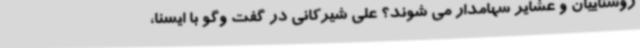
روستاییان و عشایر سهامدار می شوند؟ علی شیرکانی در گفت وگو با ایسنا،